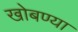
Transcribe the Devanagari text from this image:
खोबण्या